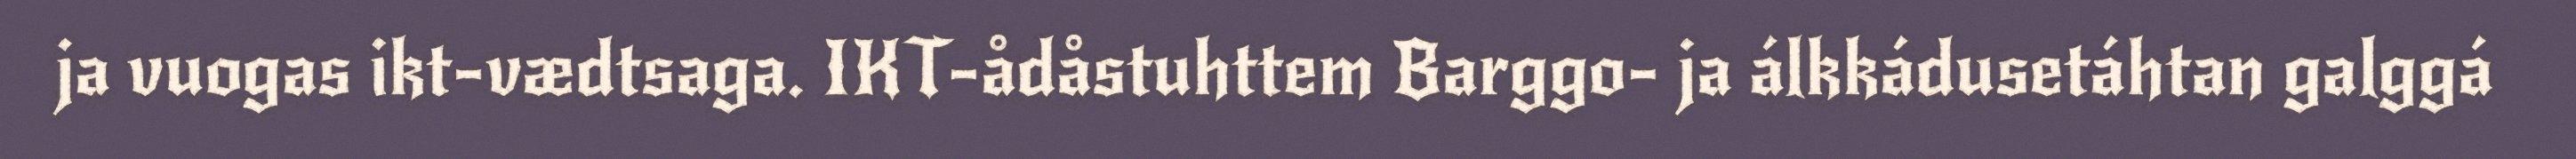
ja vuogas ikt-vædtsaga. IKT-ådåstuhttem Barggo- ja álkkádusetáhtan galggá